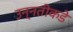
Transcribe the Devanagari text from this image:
उन्नतीकडे